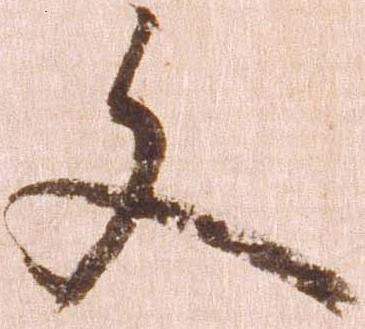
文